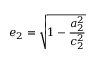
e _ { 2 } = \displaystyle \sqrt { 1 - \frac { a _ { 2 } ^ { 2 } } { c _ { 2 } ^ { 2 } } }